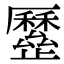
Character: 𣦯